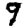
Digit: 9